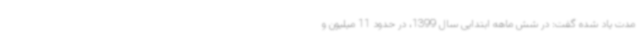
مدت یاد شده گفت: در شش ماهه ابتدایی سال 1399، در حدود 11 میلیون و